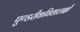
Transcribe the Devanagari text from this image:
पुण्डरीकविशालाक्षौ